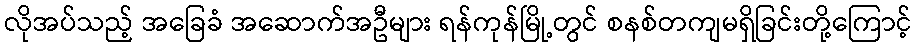
လိုအပ်သည့် အခြေခံ အဆောက်အဦများ ရန်ကုန်မြို့တွင် စနစ်တကျမရှိခြင်းတို့ကြောင့်